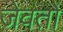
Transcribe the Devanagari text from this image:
जेवतो